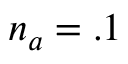
n _ { a } = . 1